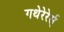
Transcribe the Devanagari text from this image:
गथेरेरेर्स्